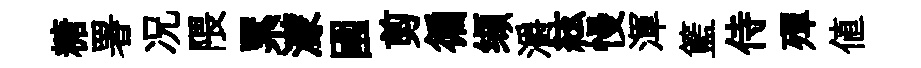
糖署况隈累濛國剪徧缬灂絃慢渾籃侍殫值